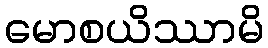
မောစယိဿာမိ